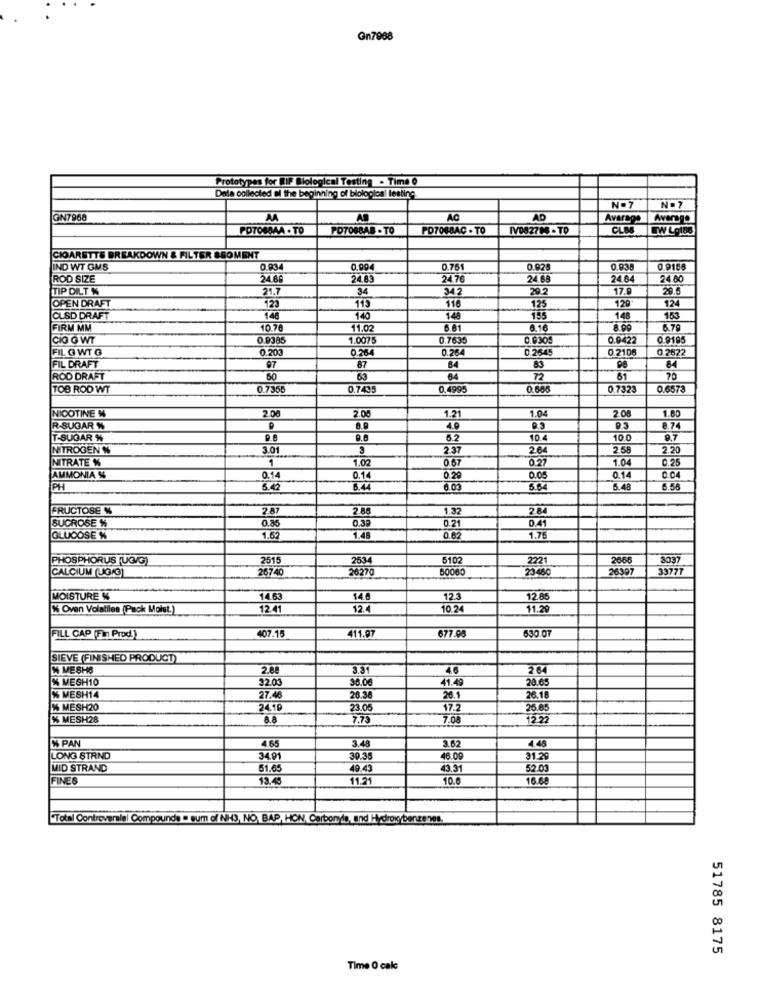
Gn7988
Prototypes for KIP Biological Testing . Time 0
Data collected @ the beginning of biologica lesting
N.7
N.7
GN7968
AR
AC
AD
Avarage
Average
PD7060AA -TO
PD706BAB - TO
PD7048AC - TO
IV082796-TD
CLBS
CIGARETTE BREAKDOWN & FILTER SEOMENT
IND WT GMS
0,004
0.761
0.938
0.915
ROD SIZE
24.69
24.85
24.76
24 68
24.64
24.80
TIP DILT %
21.7
34
342
29.2
17.9
29.5
OPEN DRAFT
116
129
123
115
125
124
CLSD DRAFT
140
140
140
155
148
163
FIRM MM
10.76
11.02
6.61
6.16
8.99
6.79
CIO GWT
0.938
1.007
0.7635
0.9305
0.9422
0.9195
FIL G WT G
0.200
0.264
0.26
6.2645
0.21DE
0 2622
07
FIL DRAFT
87
B4
84
ROD DRAFT
50
63
64
72
61
20
TOB ROD WT
0.7355
0.7435
.4995
0.68
0.7323
0.6573
NICOTINE N
2.00
1.04
2.08
1.80
2.00
1.21
R-SUGAR %
4.0
9.3
9.3
8.74
T-SUGAR %
P.E
5.2
10.4
10.0
9.7
NITROGEN %
3.01
3
2.37
2.64
2.58
2.20
NITRATE %
1
1.02
0.67
0.27
1.04
0.25
AMMONIA %%
0.14
0.1
0.29
0.05
0.14
0.04
PH
6.44
6.03
5.64
5.48
6.58
FRUCTOSE %
2.87
2.88
1.32
2.84
0.80
0.21
0.41
SUCROSE %
0.39
GLUCOSE %
1.62
1.48
0.62
1.75
PHOSPHORUS (UG/G)
2515
2534
6102
2221
2666
3037
CALCIUM UGIG
26740
2027
30060
23480
2630
33777
MOISTURE &
14.63
140
12.3
12.86
% Oven Volatiles (Pack Moist.)
12.41
12.4
10.24
11.29
407.15
411.91
677.90
630.07
FILL CAP (Fin Prod.)
SIEVE (FINISHED PRODUCT)
₩ MESH6
2.80
3.31
4.6
% MESH10
32.03
41.4
20.6
% MESH14
27.46
26.38
20.1
26.10
% MESH20
24.19
23.0
17.2
26.85
% MESH28
8.8
7.75
7.08
12.22
PAN
3.48
4.48
4.65
3.62
LONG STRND
34.9
39.3
46.0
31.29
MID STRAND
51.6
49.4
43.3
52.03
FINES
13.45
11.21
10.6
16.68
"Total Controversial Compounds = sum of NH3, NO, BAP, HON, Carbonyte, and Hydroxybenzenes.
51785 8175
Time 0 calc